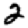
Digit: 2